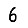
Digit: 6